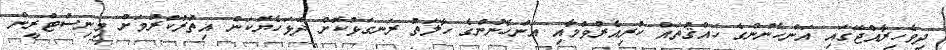
ދިވެހިރާއްޖޭގައި އަންހެނުންގެ ހައްޤުތައް ކުރިއެރުވުމާއި އަންހެނުންގެ ހާލަތު ރަނގަޅުކޮށް ދުޅަހެޔޮކަން އިތުރުކުރުމަށް މިނިސްޓްރީން